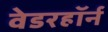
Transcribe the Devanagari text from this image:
वेडरहॉर्न